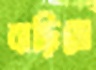
বাড়িয়ো